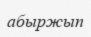
абыржып